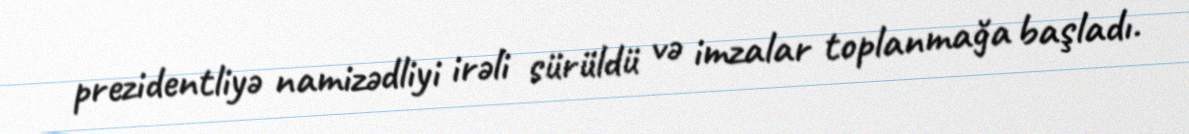
prezidentliyə namizədliyi irəli sürüldü və imzalar toplanmağa başladı.